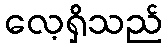
လေ့ရှိသည်